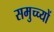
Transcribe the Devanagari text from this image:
समुच्च्यों